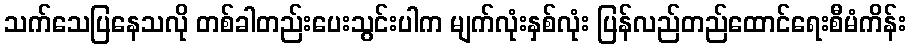
သက်သေပြနေသလို တစ်ခါတည်းပေးသွင်းပါက မျက်လုံးနှစ်လုံး ပြန်လည်တည်ထောင်ရေးစီမံကိန်း